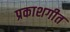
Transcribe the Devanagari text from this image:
प्रकाशगीत